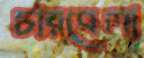
চারবেলা